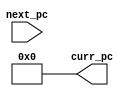
module PC(
    input [63:0] next_pc,
    output reg [63:0] curr_pc
    );
	 initial curr_pc <= 64'b0;
	/* initial 
		begin
			curr_pc = 64'b0;
		end
		*/
	 assign curr_pc = next_pc;
	 
endmodule